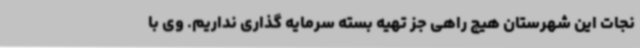
نجات این شهرستان هیچ راهی جز تهیه بسته سرمایه گذاری نداریم. وی با